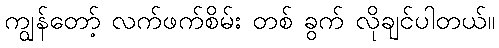
ကျွန်တော့် လက်ဖက်စိမ်း တစ် ခွက် လိုချင်ပါတယ်။